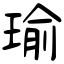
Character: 瑜